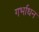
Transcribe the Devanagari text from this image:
गर्भाधन